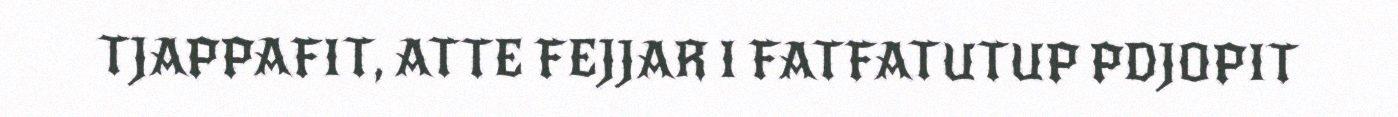
TJAPPAFIT, ATTE FEJJAR I FATFATUTUP PDJOPIT